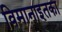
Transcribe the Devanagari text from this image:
विमानाइतका